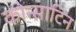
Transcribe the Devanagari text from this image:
कोन्साटिन